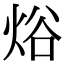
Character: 焀